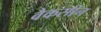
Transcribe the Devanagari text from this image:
वैकसीन